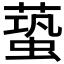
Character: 𧏤